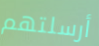
أرسلتهم